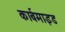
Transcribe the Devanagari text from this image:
कार्बमाइड